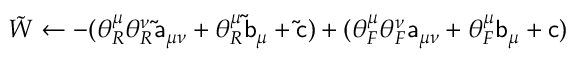
{ \tilde { W } } \gets - ( \theta _ { R } ^ { \mu } \theta _ { R } ^ { \nu } \mathsf { \tilde { a } } _ { \mu \nu } + \theta _ { R } ^ { \mu } \mathsf { \tilde { b } } _ { \mu } + \mathsf { \tilde { c } } ) + ( \theta _ { F } ^ { \mu } \theta _ { F } ^ { \nu } \mathsf { a } _ { \mu \nu } + \theta _ { F } ^ { \mu } \mathsf { b } _ { \mu } + \mathsf { c } )